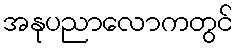
အနုပညာလောကတွင်